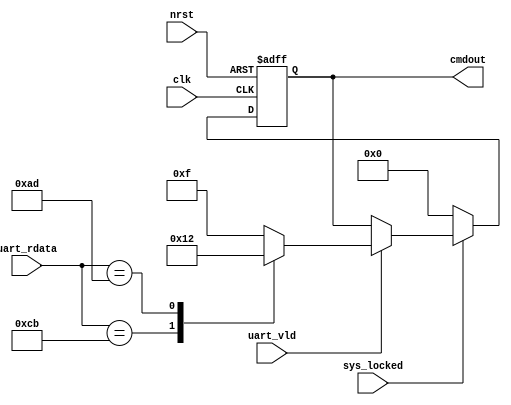
module uart_rx_decoder #(
    parameter   UART_NUM_DATA   =   8,
    parameter   CMDLENGTH       =   4
)
(
    input   clk,
    input   nrst,
    input   sys_locked,

    input   [UART_NUM_DATA-1:0] uart_rdata,
    input                       uart_vld,

    output  [CMDLENGTH-1:0]     cmdout
);

    reg     [CMDLENGTH-1:0]     cmdout_reg;
    always @(posedge clk or negedge nrst) begin
        if (!nrst) begin
            cmdout_reg <= 4'd0;
        end
        else begin
            if (!sys_locked) begin
                cmdout_reg <= 4'd0;
            end
            else begin
                if (uart_vld) begin 
                    case (uart_rdata) 
                        8'hCB:      // Calibration
                            cmdout_reg <= 4'h1;
                        8'hAD:      // A/D Sample
                            cmdout_reg <= 4'h2;
                        default:
                            cmdout_reg <= 4'hF;
                    endcase
                end
                else
                    cmdout_reg <= cmdout_reg;
            end
        end 
    end

    assign  cmdout = cmdout_reg;

endmodule